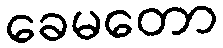
ခေမတော